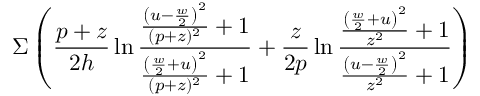
\Sigma \left( \frac { p + z } { 2 h } \ln \frac { \frac { \left( u - \frac { w } { 2 } \right) ^ { 2 } } { ( p + z ) ^ { 2 } } + 1 } { \frac { \left( \frac { w } { 2 } + u \right) ^ { 2 } } { ( p + z ) ^ { 2 } } + 1 } + \frac { z } { 2 p } \ln \frac { \frac { \left( \frac { w } { 2 } + u \right) ^ { 2 } } { z ^ { 2 } } + 1 } { \frac { \left( u - \frac { w } { 2 } \right) ^ { 2 } } { z ^ { 2 } } + 1 } \right)